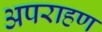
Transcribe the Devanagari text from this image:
अपराहण